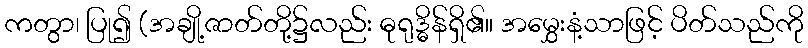
ကတွာ၊ ပြု၍ (အချို့ဇာတ်တို့၌လည်း ဓုရုဒ္ဓိန်ရှိ၏။ အမွှေးနံ့သာဖြင့် ပိတ်သည်ကို